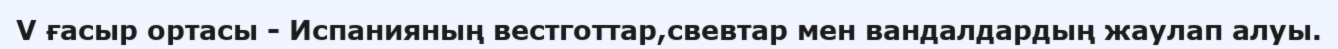
V ғасыр ортасы - Испанияның вестготтар,свевтар мен вандалдардың жаулап алуы.